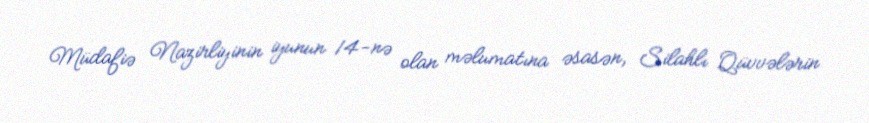
Müdafiə Nazirliyinin iyunun 14-nə olan məlumatına əsasən, Silahlı Qüvvələrin